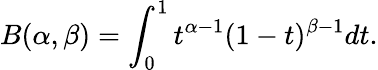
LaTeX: B(\alpha,\beta)=\int_{0}^{1}t^{\alpha-1}(1-t)^{\beta-1}dt.